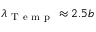
\lambda _ { \mathrm { ~ T ~ e ~ m ~ p ~ } } \approx 2 . 5 b